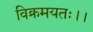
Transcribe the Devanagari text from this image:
विक्रमयतः।।